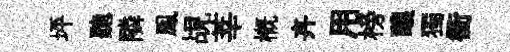
坪聽隣鳯覘莘槪卉用榜醲獨衢